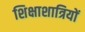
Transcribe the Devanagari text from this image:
शिक्षाशात्रियों